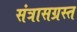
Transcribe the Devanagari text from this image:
संत्रासग्रस्त